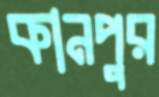
কানপুর